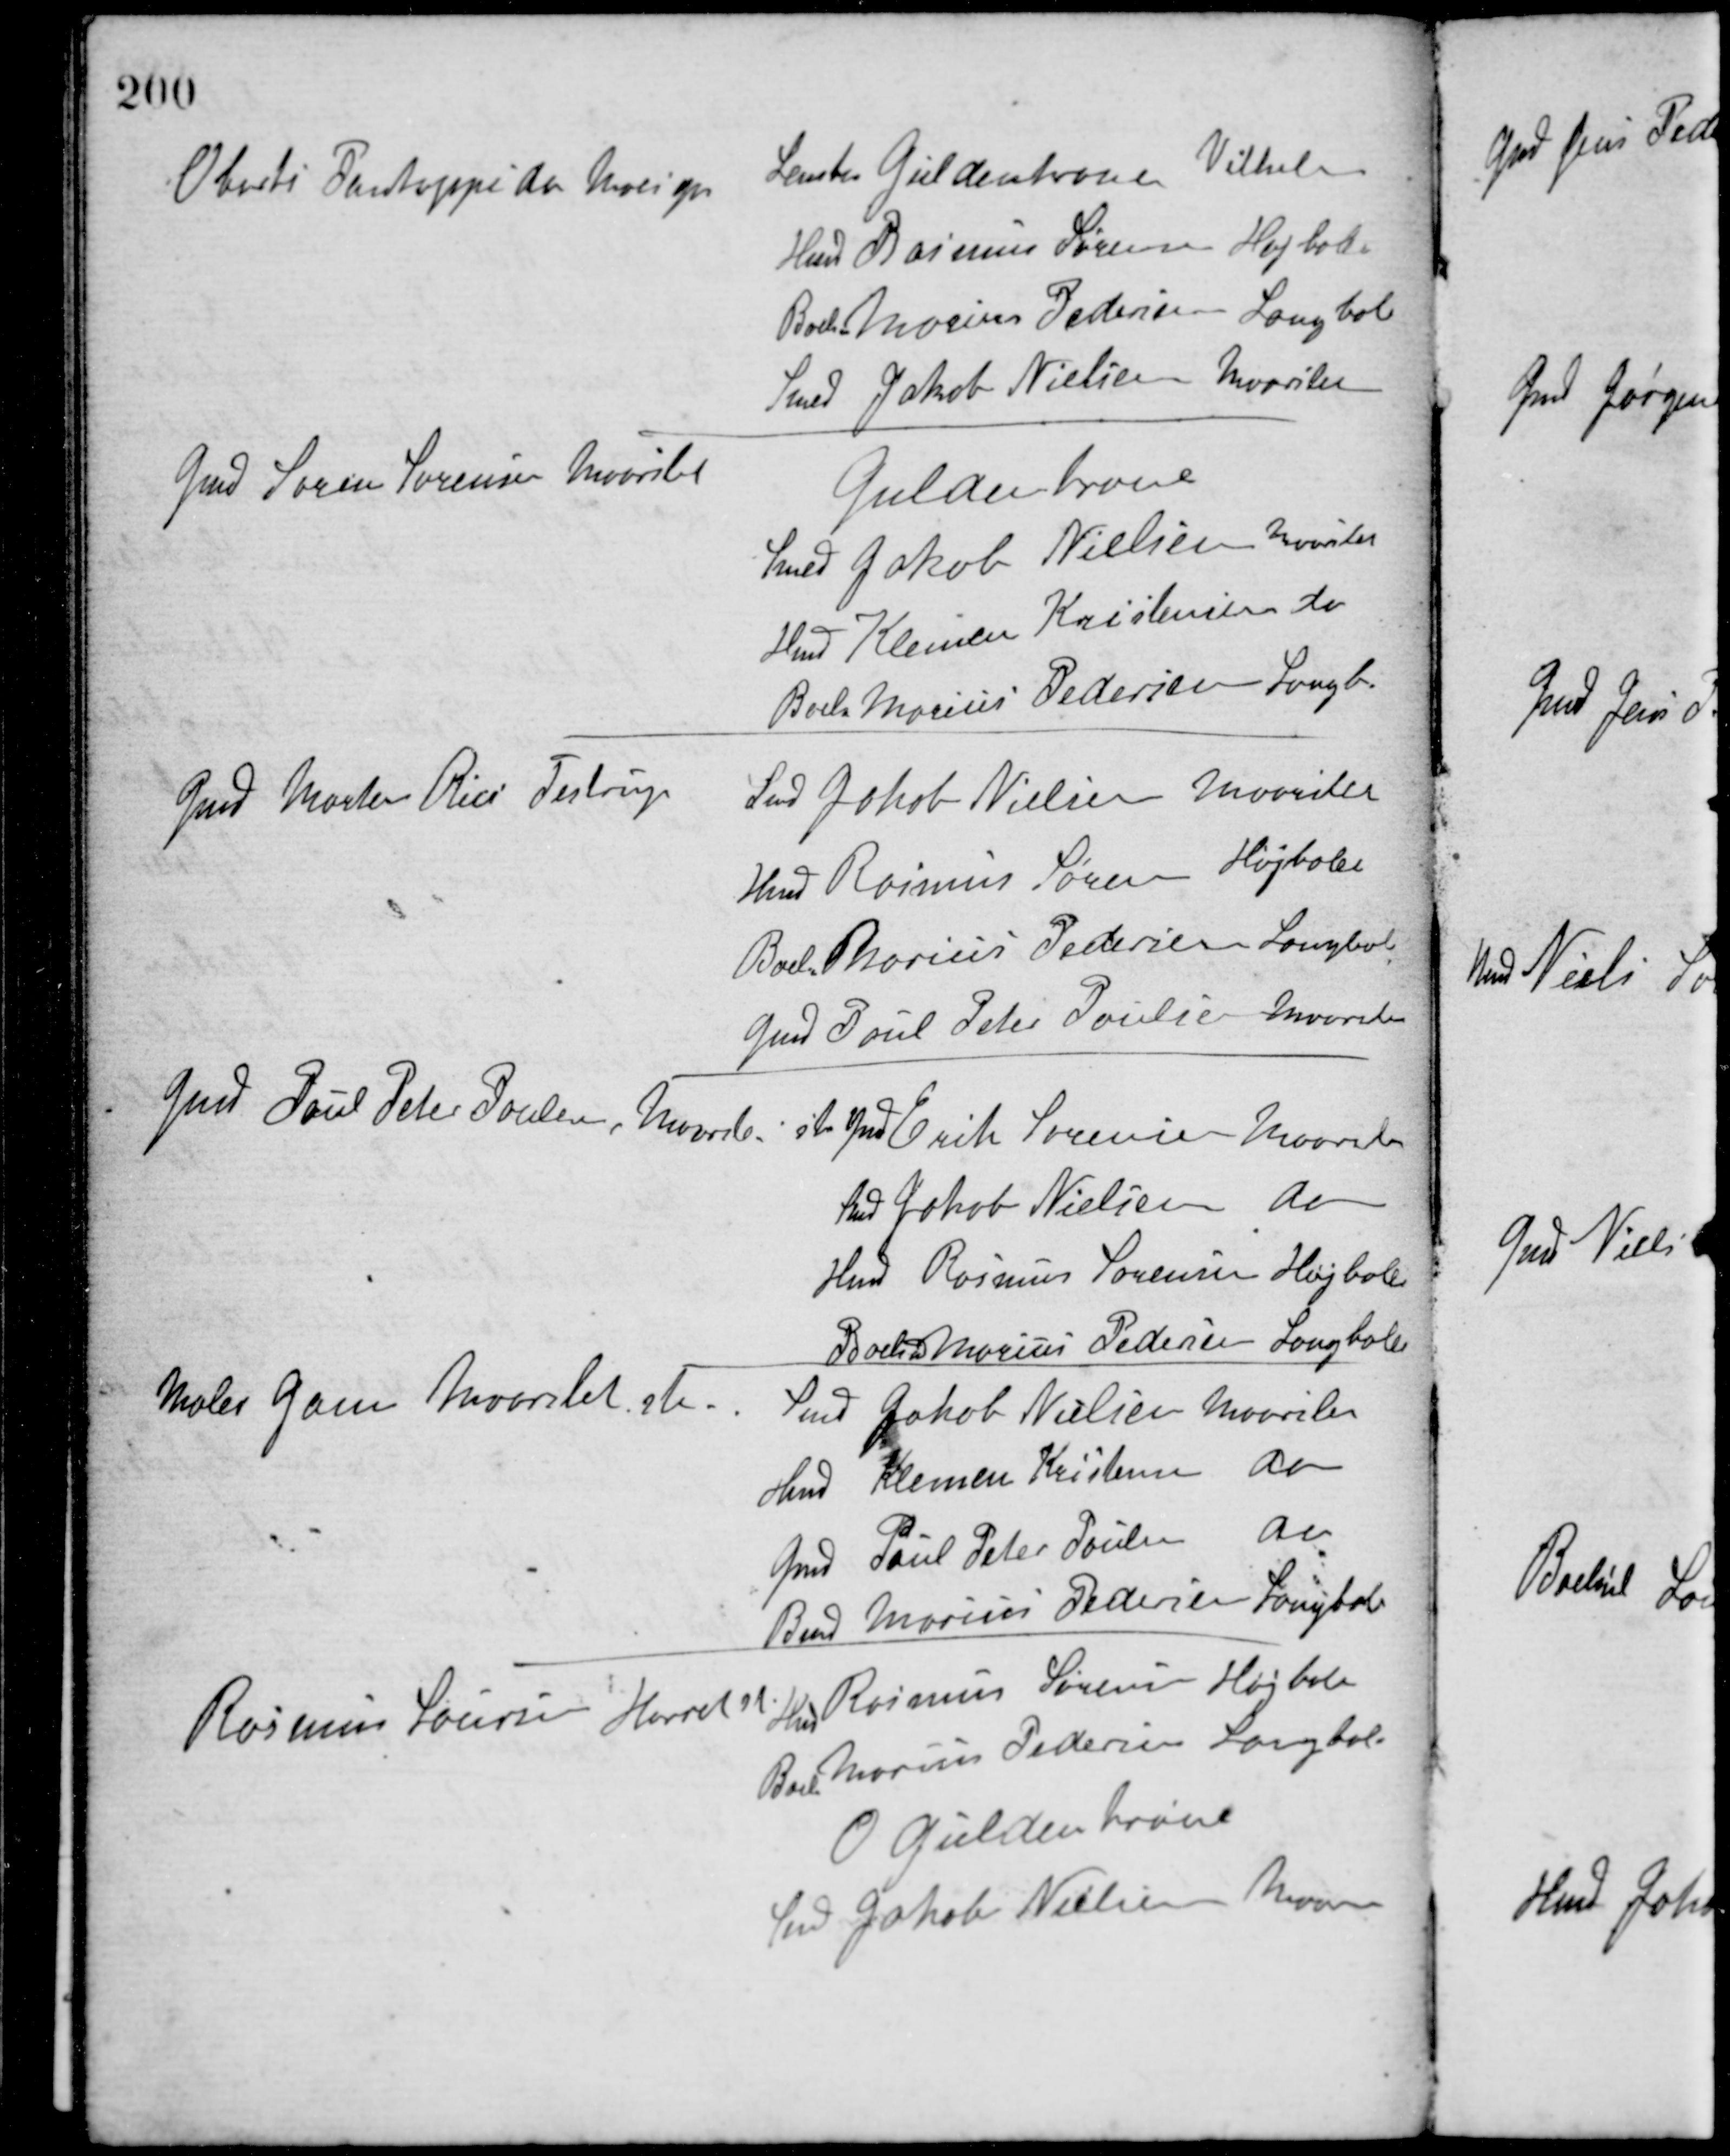
Transskription:
Oberts Pontoppidan, Moesgaard
Lensbaron Gyldenkrone, Vilhelmsborg
Hmd. Rasmus Sørensen, Højballe
Boels Marius Pedersen, Langballe
Smed Jakob Nielsen, Maarslet
Gmd. Søren Sørensen, Maarslet
Gyldenkrone
Smed Jakob Nielsen, Maarslet
Hmd. Klemen Kristensen, do
Boels Marius Pedersen, Langb.
Gmd. Morten Riis, Testrup
Smed Jakob Nielsen, Maarslet
Hmd. Rasmus Sørensen, Højballe
Boels Marius Pedersen, Langballe
Gmd. Poul Peter Poulsen, Maarslet
Gmd. Poul Peter Poulsen, Maarslet
ste Ind. Erik Sørensen, Maarslet
Smed Jakob Nielsen, do
Hmd. Rasmus Sørensen Højbolle
Boels Marius Pedersen, Langballe
Maler Gam, Maarslet ste.
Smed Jakob Nielsen Maarslet
Hmd. Klemen Kristensen, do
Gmd. Poul Peter Poulsen, do
Boels Marius Pedersen, Langballe
Rasmus Laursen, Hørret st.
Hmd. Rasmus Sørensen, Højballe
Boels Marius Pedersen, Langballe
O. Gyldenkrone
Smed Jakob Nielsen, Maarslet